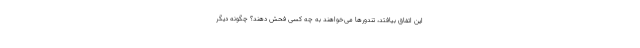
این اتفاق بیافتد، تندورها می‌خواهند به چه کسی فحش دهند؟ چگونه دیگر